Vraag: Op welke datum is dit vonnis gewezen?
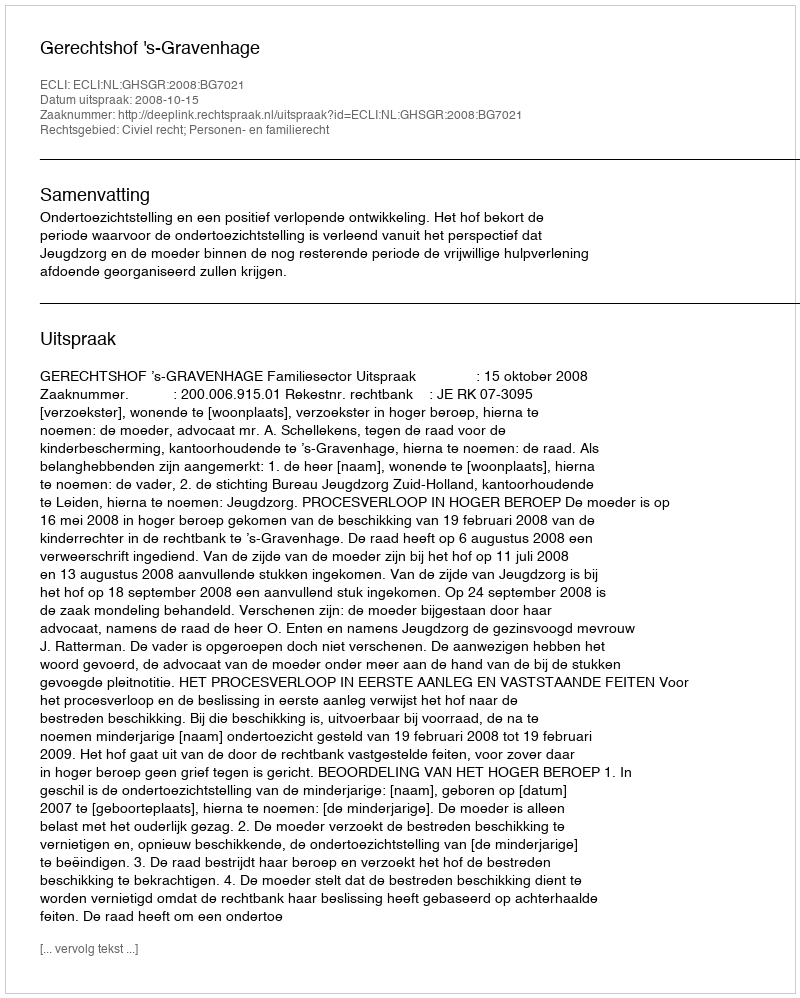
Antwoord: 2008-10-15